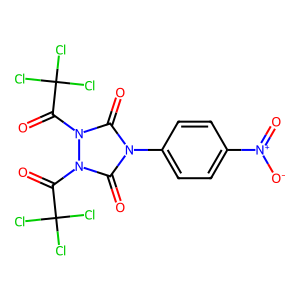
SMILES: O=C(n1c(=O)n(-c2ccc([N+](=O)[O-])cc2)c(=O)n1C(=O)C(Cl)(Cl)Cl)C(Cl)(Cl)Cl
Inhibits HIV replication: No